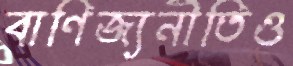
বাণিজ্যনীতিও